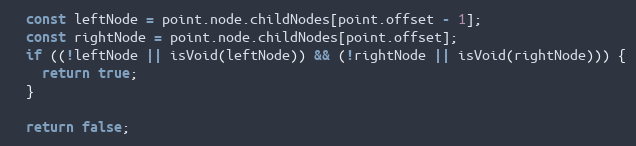
Language: JavaScript
  const leftNode = point.node.childNodes[point.offset - 1];
  const rightNode = point.node.childNodes[point.offset];
  if ((!leftNode || isVoid(leftNode)) && (!rightNode || isVoid(rightNode))) {
    return true;
  }

  return false;